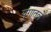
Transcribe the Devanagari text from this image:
युगातले